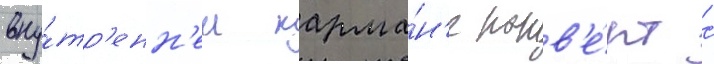
вну́тр'енн'ем карма́н'е конв'е́рт с